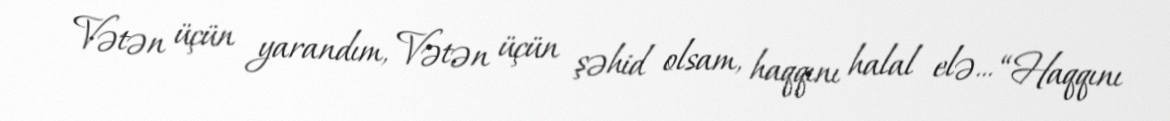
Vətən üçün yarandım, Vətən üçün şəhid olsam, haqqını halal elə... “Haqqını